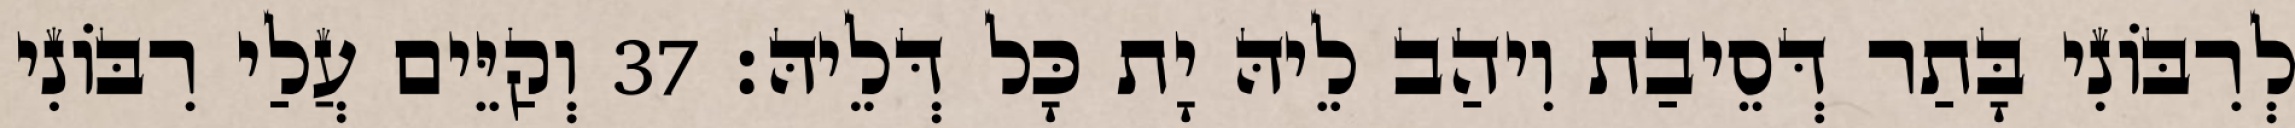
לְרִבּוֹנִי בָּתַר דְּסֵיבַת וִיהַב לֵיהּ יָת כָּל דְּלֵיהּ׃ 37 וְקַיֵּים עֲלַי רִבּוֹנִי